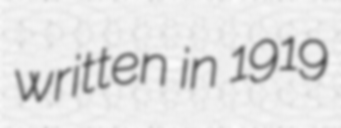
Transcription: written in 1919